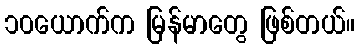
၁၀ယောက်က မြန်မာတွေ ဖြစ်တယ်။